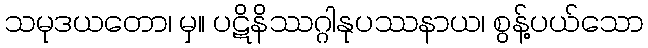
သမုဒယတော၊ မှ။ ပဋိနိဿဂ္ဂါနုပဿနာယ၊ စွန့်ပယ်သော